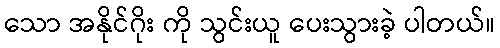
သော အနိုင်ဂိုး ကို သွင်းယူ ပေးသွားခဲ့ ပါတယ်။